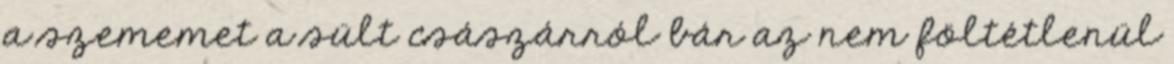
a szememet a sült császárról bár az nem föltétlenül